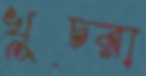
খুচরা